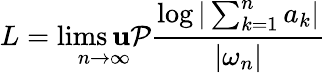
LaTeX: L=\operatorname*{lims\mathbf{u}\mathcal{P}}_{n\to\infty}{\frac{{\log\vert\sum_{k=1}^{n}a_{k}\vert}}{{|\omega_{n}|}}}